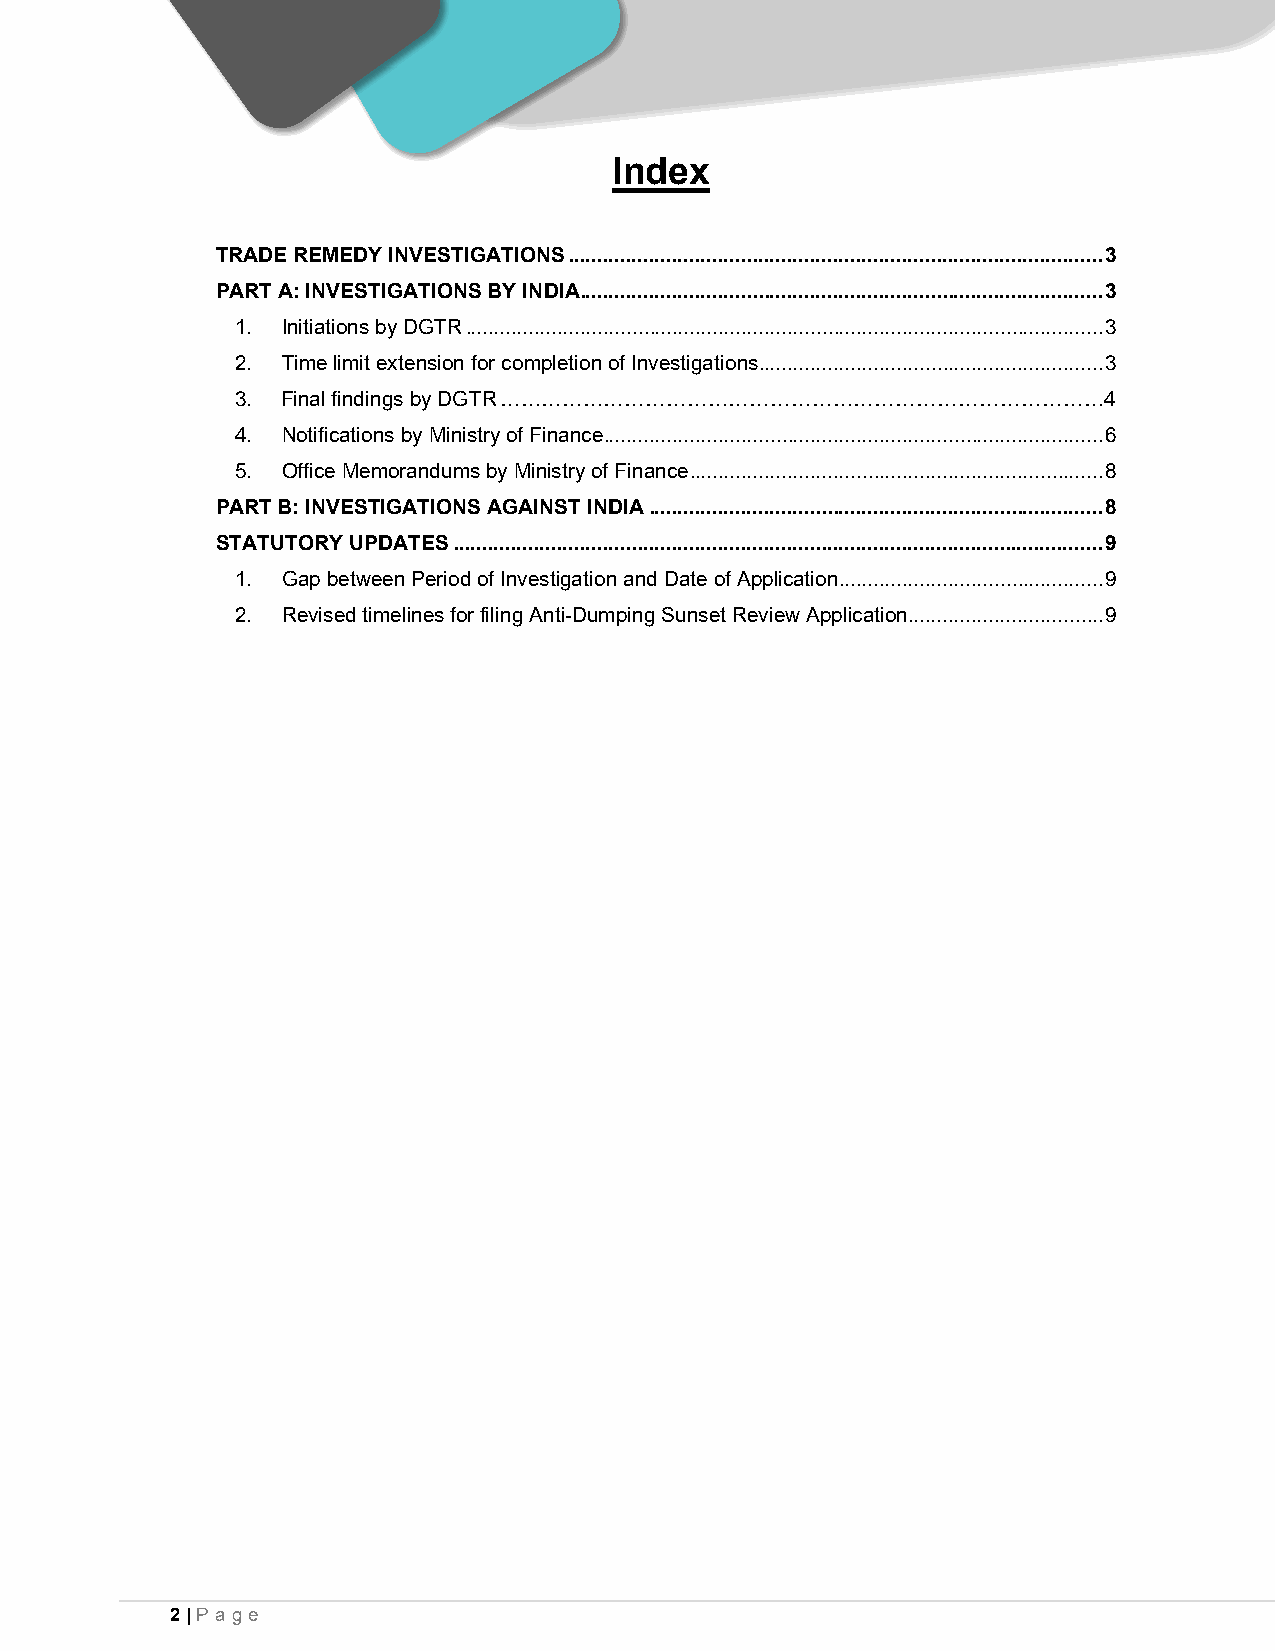
Index
 TRADE REMEDY INVESTIGATIONS ............................................................................................. 3
 PART A: INVESTIGATIONS BY INDIA ........................................................................................... 3
 1. Initiations by DGTR ............................................................................................................... 3
 2. Time limit extension for completion of Investigations ............................................................ 3
 3. Final findings by DGTR ……………………………………………………………………………4
 4. Notifications by Ministry of Finance ....................................................................................... 6
 5. Office Memorandums by Ministry of Finance ........................................................................ 8
 PART B: INVESTIGATIONS AGAINST INDIA ............................................................................... 8
 STATUTORY UPDATES ................................................................................................................. 9
 1. Gap between Period of Investigation and Date of Application .............................................. 9
 2. Revised timelines for filing Anti-Dumping Sunset Review Application .................................. 9
 2 | Pa ge